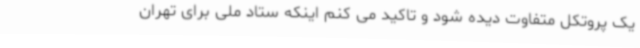
یک پروتکل متفاوت دیده شود و تاکید می کنم اینکه ستاد ملی برای تهران